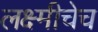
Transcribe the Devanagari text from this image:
लक्ष्मीचेच